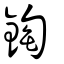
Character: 鋾